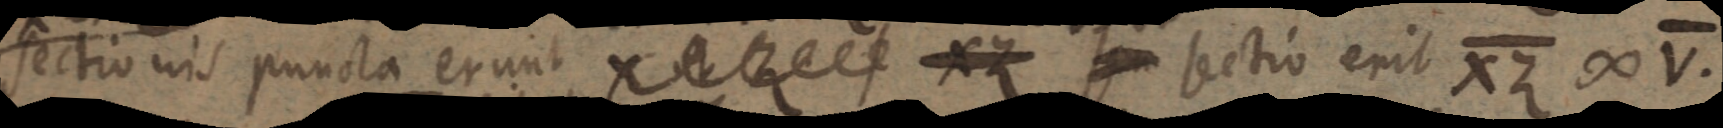
sectionis puncta erunt X et Z XZ seu sectio erit XZ ∞ V.